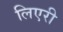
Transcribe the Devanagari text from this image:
लिएरी